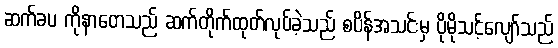
ဆက်ခပ ကိုနာတေသည် ဆက်တိုက်ထုတ်လုပ်ခဲ့သည် စပိန်အသင်းမှ ပိုမိုသင့်လျော်သည်